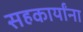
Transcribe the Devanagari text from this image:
सहकार्यांना